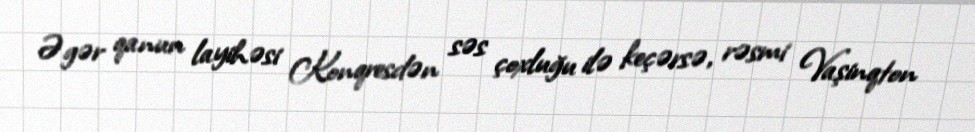
Əgər qanun layihəsi Konqresdən səs çoxluğu ilə keçərsə, rəsmi Vaşinqton